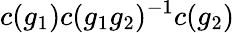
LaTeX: c(g_{1})c(g_{1}g_{2})^{-1}c(g_{2})